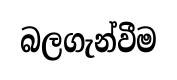
බලගැන්වීම